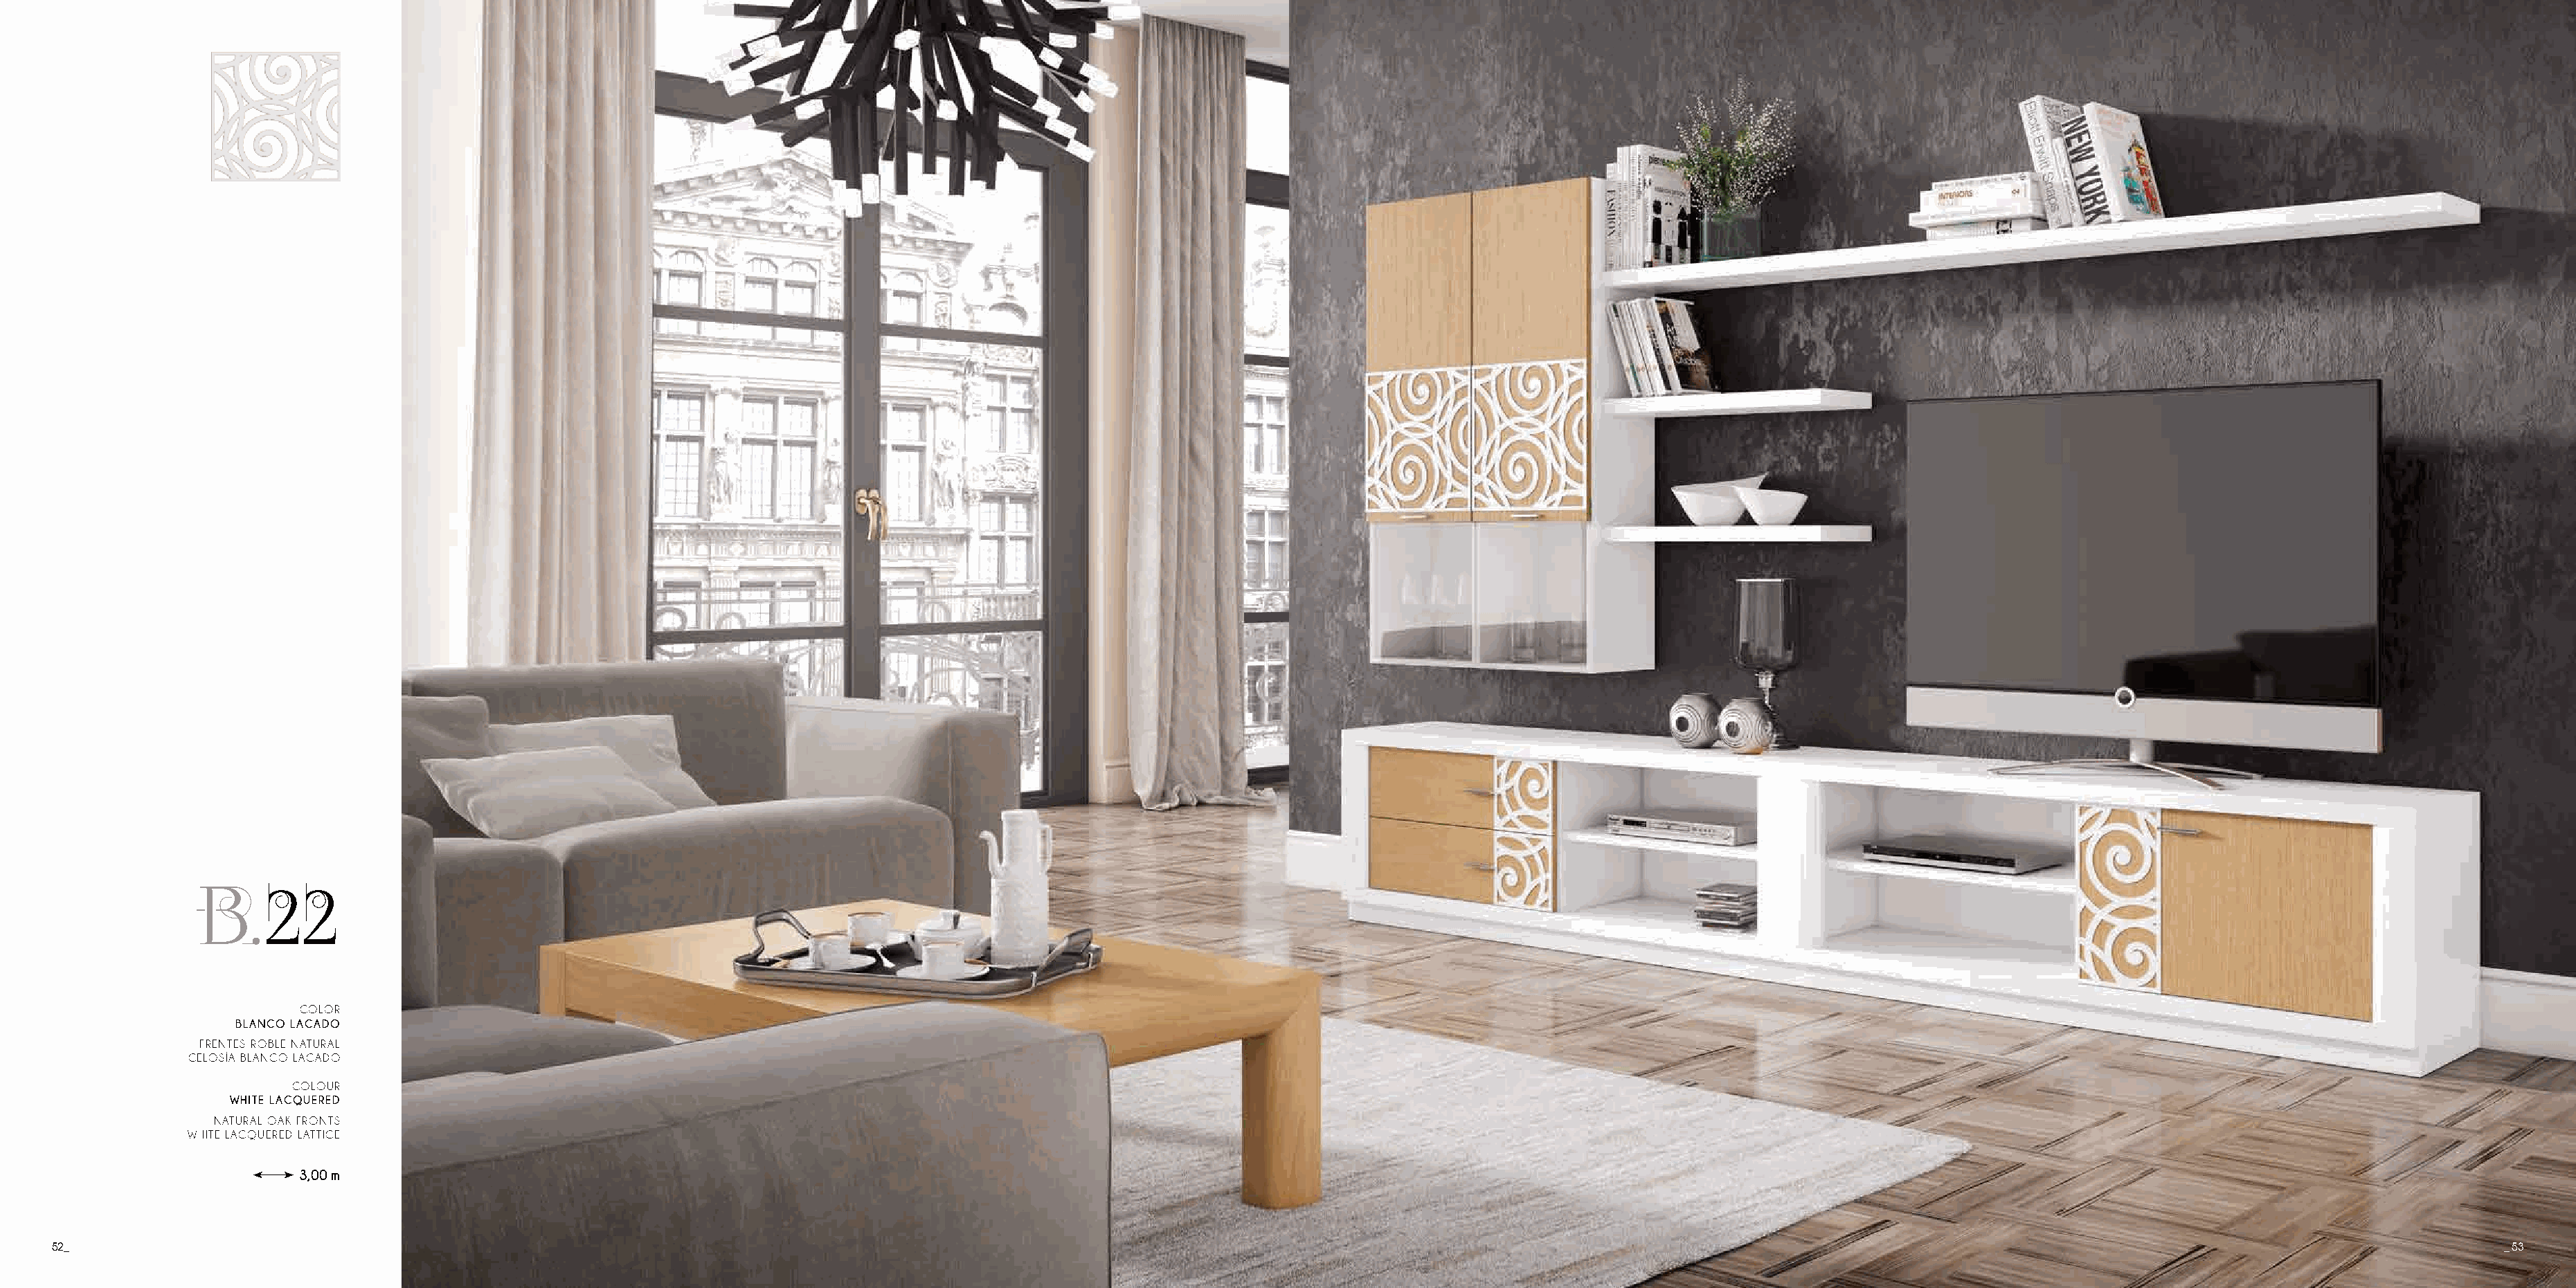
B.22
 COLOR
 BLANCO LACADO
 FRENTES ROBLE NATURAL
 CELOSÍA BLANCO LACADO
 COLOUR
 WHITE LACQUERED
 NATURAL OAK FRONTS
 WHITE LACQUERED LATTICE
 3,00 m
 52_                                                                                                                                                                                                                                       _ 53